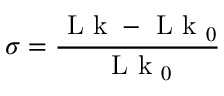
\sigma = \frac { \mathrm { ~ L ~ k ~ } - \mathrm { ~ L ~ k ~ } _ { 0 } } { \mathrm { ~ L ~ k ~ } _ { 0 } }